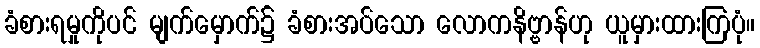
ခံစားရမှုကိုပင် မျက်မှောက်၌ ခံစားအပ်သော လောကနိဗ္ဗာန်ဟု ယူမှားထားကြပုံ။